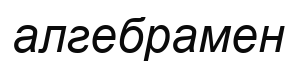
алгебрамен